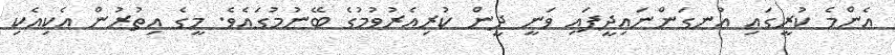
އެންމެ ކުރީގައި އުނގަންނައިދީފައި ވަނީ ދީން ކުރިއެރުވުމުގެ ބޭނުމުގައެވެ. މީގެ އިތުރުން އެކިއެކި